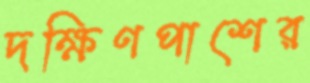
দক্ষিণপাশের